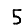
Digit: 5